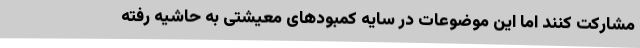
مشارکت کنند اما این موضوعات در سایه کمبودهای معیشتی به حاشیه رفته